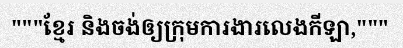
"""ខ្មែរ និងចង់ឲ្យក្រុមការងារលេងកីឡា,"""